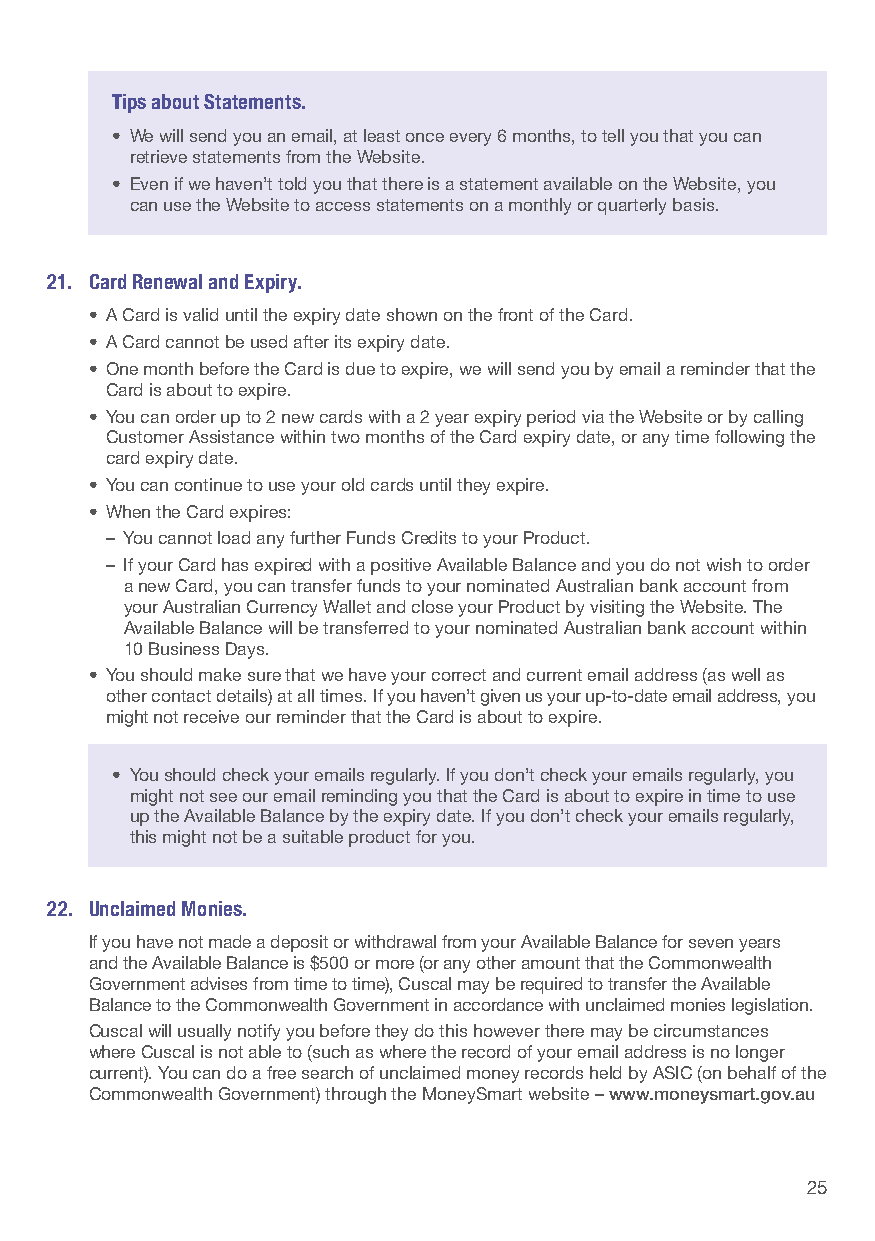
Tips about Statements.
 • We will send you an email, at least once every 6 months, to tell you that you can
 retrieve statements from the Website.
 • Even if we haven’t told you that there is a statement available on the Website, you
 can use the Website to access statements on a monthly or quarterly basis.
 21. Card Renewal and Expiry.
 • A Card is valid until the expiry date shown on the front of the Card.
 • A Card cannot be used after its expiry date.
 • One month before the Card is due to expire, we will send you by email a reminder that the
 Card is about to expire.
 • You can order up to 2 new cards with a 2 year expiry period via the Website or by calling
 Customer Assistance within two months of the Card expiry date, or any time following the
 card expiry date.
 • You can continue to use your old cards until they expire.
 • When the Card expires:
 – You cannot load any further Funds Credits to your Product.
 – If your Card has expired with a positive Available Balance and you do not wish to order
 a new Card, you can transfer funds to your nominated Australian bank account from
 your Australian Currency Wallet and close your Product by visiting the Website. The
 Available Balance will be transferred to your nominated Australian bank account within
 10 Business Days.
 • You should make sure that we have your correct and current email address (as well as
 other contact details) at all times. If you haven’t given us your up-to-date email address, you
 might not receive our reminder that the Card is about to expire.
 • You should check your emails regularly. If you don’t check your emails regularly, you
 might not see our email reminding you that the Card is about to expire in time to use
 up the Available Balance by the expiry date. If you don’t check your emails regularly,
 this might not be a suitable product for you.
 22. Unclaimed Monies.
 If you have not made a deposit or withdrawal from your Available Balance for seven years
 and the Available Balance is $500 or more (or any other amount that the Commonwealth
 Government advises from time to time), Cuscal may be required to transfer the Available
 Balance to the Commonwealth Government in accordance with unclaimed monies legislation.
 Cuscal will usually notify you before they do this however there may be circumstances
 where Cuscal is not able to (such as where the record of your email address is no longer
 current). You can do a free search of unclaimed money records held by ASIC (on behalf of the
 Commonwealth Government) through the MoneySmart website – www.moneysmart.gov.au
 25